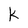
Character: k